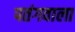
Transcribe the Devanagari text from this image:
पतंगवाला